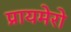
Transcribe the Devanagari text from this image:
प्रायमेरो